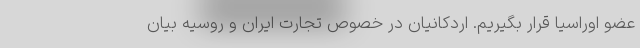
عضو اوراسیا قرار بگیریم. اردکانیان در خصوص تجارت ایران و روسیه بیان